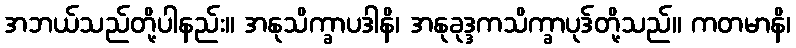
အဘယ်သည်တို့ပါနည်း။ အနုသိက္ခာပဒါနိ၊ အနုခုဒ္ဒကသိက္ခာပုဒ်တို့သည်။ ကတမာနိ၊